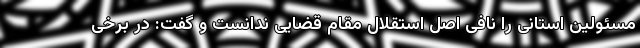
مسئولین استانی را نافی اصل استقلال مقام قضایی ندانست و گفت: در برخی